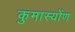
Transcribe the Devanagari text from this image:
कुमास्योंण